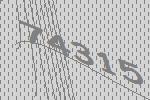
74315